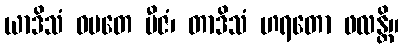
ယာဒိသံ ဝပတေ ဗီဇံ၊ တာဒိသံ ဟရတော ဖလန္တိ။